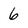
Character: 6